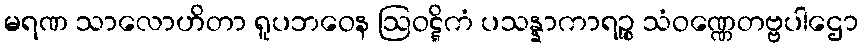
မရဏ သာလောဟိတာ ရူပဘဝေန ဩဝဋ္ဋိကံ ပသန္နာကာရဉ္စ သံဝဏ္ဏေတဗ္ဗပါဌော